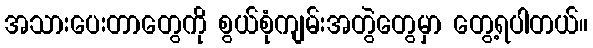
အသားပေးတာတွေကို စွယ်စုံကျမ်းအတွဲတွေမှာ တွေ့ရပါတယ်။